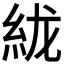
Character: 𰫞